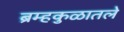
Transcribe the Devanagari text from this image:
ब्रम्हकुळातले